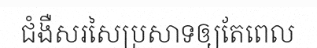
ជំងឺសរសៃប្រសាទឲ្យតែពេល